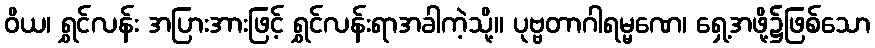
ဝိယ၊ ရွှင်လန်း အပြားအားဖြင့် ရွှင်လန်းရာအခါကဲ့သို့။ ပုဗ္ဗတာဂါရမ္မဏေ၊ ရှေ့အဖို့၌ဖြစ်သော